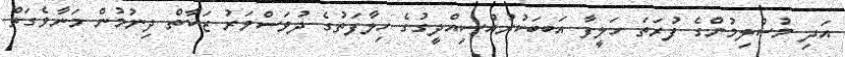
އަދި މުސްލިމުންގެ ފުރަތަ ހަލީފާ އަބބަކުރުއްސިއްދީގުގެ ހިލާފަތުގެ ދުވަސްވަރު ޒަކާތް ދިނުމުން މަނާވެގަތް